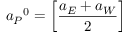
{ a _ { P } } ^ { 0 } = \left[ { \frac { a _ { E } + a _ { W } } { 2 } } \right]